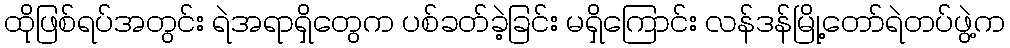
ထိုဖြစ်ရပ်အတွင်း ရဲအရာရှိတွေက ပစ်ခတ်ခဲ့ခြင်း မရှိကြောင်း လန်ဒန်မြို့တော်ရဲတပ်ဖွဲ့က